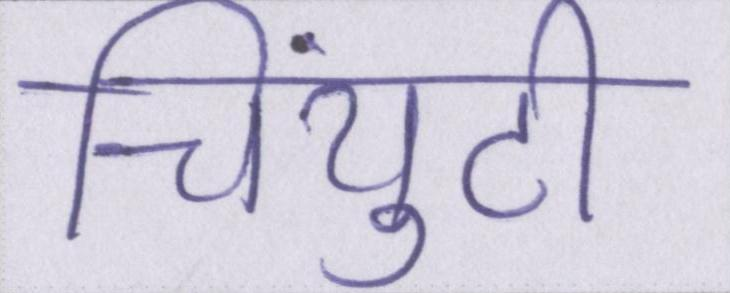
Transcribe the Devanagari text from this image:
चिंयुटी